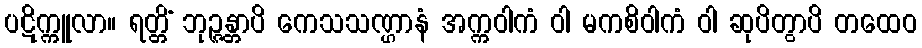
ပဋိက္ကူလာ။ ရတ္တိံ ဘုဉ္ဇန္တာပိ ကေသသဏ္ဌာနံ အက္ကဝါကံ ဝါ မကစိဝါကံ ဝါ ဆုပိတွာပိ တထေဝ